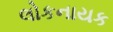
લોકનાયક